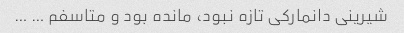
شیرینی دانمارکی تازه نبود، مانده بود و متاسفم … …